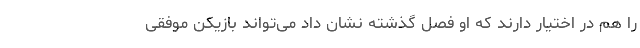
را هم در اختیار دارند که او فصل گذشته نشان داد می‌تواند بازیکن موفقی